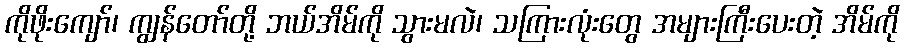
ကိုဖိုးကျော်၊ ကျွန်တော်တို့ ဘယ်အိမ်ကို သွားမလဲ၊ သကြားလုံးတွေ အများကြီးပေးတဲ့ အိမ်ကို